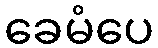
ခေမံပေ